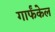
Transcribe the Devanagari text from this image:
गार्फंकेल